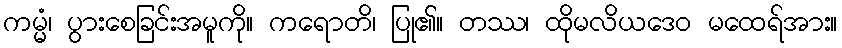
ကမ္မံ၊ ပွားစေခြင်းအမူကို။ ကရောတိ၊ ပြု၏။ တဿ၊ ထိုမလိယဒေဝ မထေရ်အား။